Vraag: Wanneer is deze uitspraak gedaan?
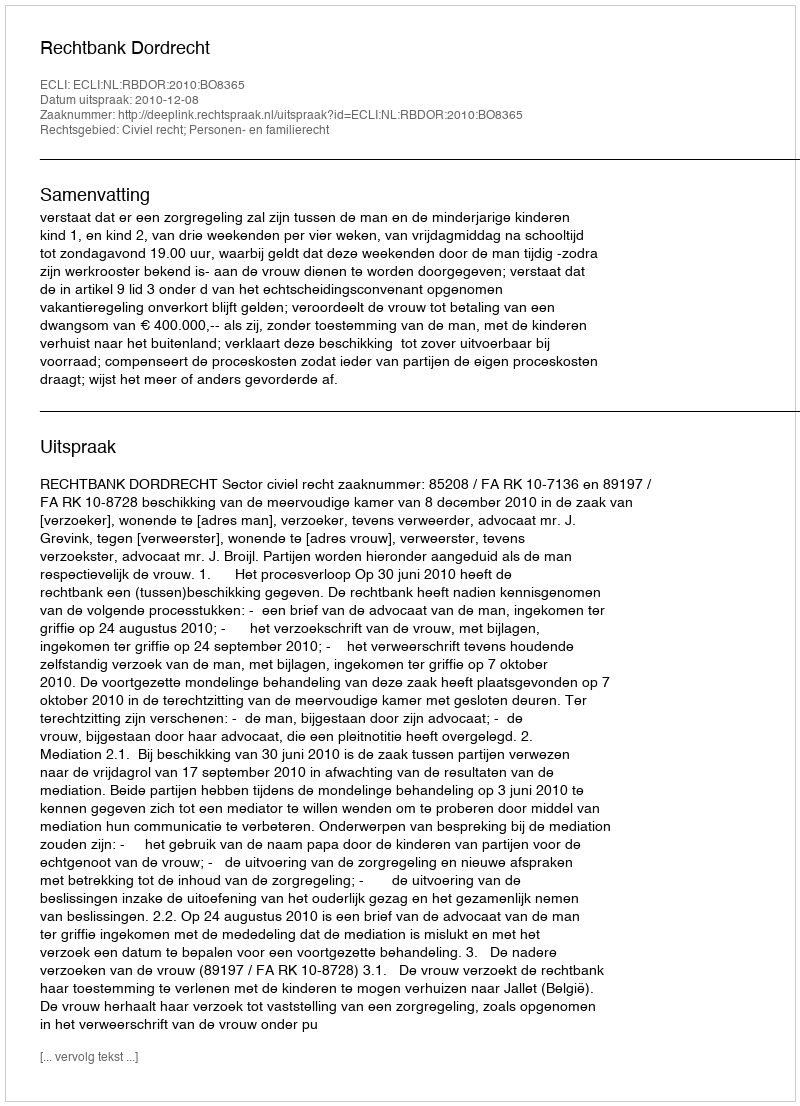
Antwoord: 2010-12-08